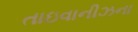
તાઇવાનીઝના